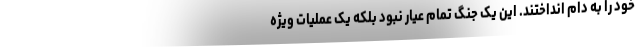
خود را به دام انداختند. این یک جنگ تمام عیار نبود بلکه یک عملیات ویژه